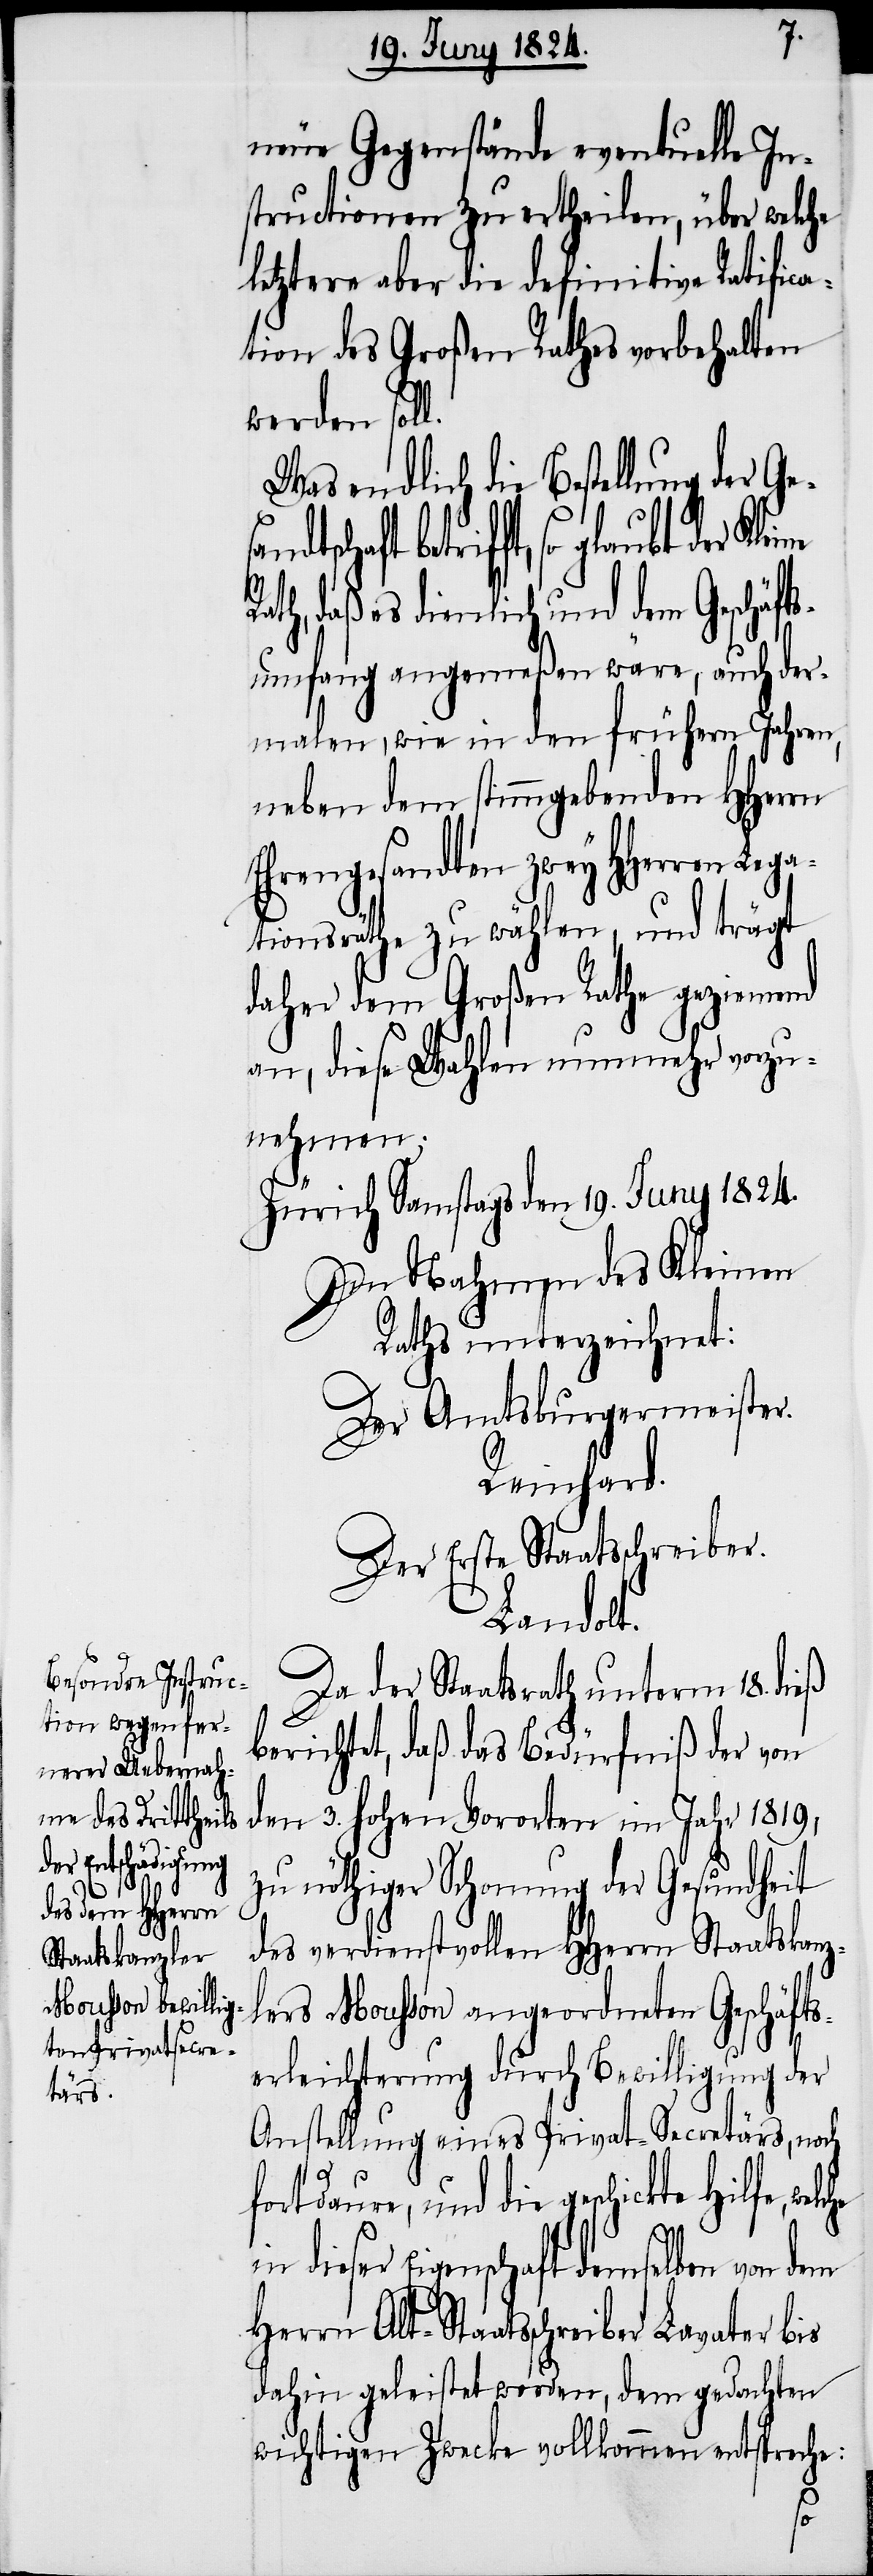
neue Gegenstände eventuelle In¬
structionen zu ertheilen, über welche
letztere aber die definitive Ratific¬
ation des Großen Rathes vorbehalten
werden soll.
Was endlich die Bestellung der Ge¬
dahin geleistet, dem gedachten
th, daß es dienlich und dem Geschäft¬
sumfang angemeßen wäre, auch der¬
malen, wie in den frühern Jahren,
neben dem stimmgebenden HHerrn
Ehrengesandten zwey HHerren
ationsräthe zu wählen, und trägt
daher dem Großen Rathe geziemend
an, diese Wahlen nunmehr vorzu¬
nehmen.
Zürich Samstags den 19. Juny 1824.
Im Nahmen des Kleinen
Rathes unterzeichnet:
Der Amtsbürgermeister.
Leg¬
Reinhard.
Der Erste Staatsschreiber.
Landolt.
Da der Staatsrath unterm 18. dieß
berichtet, daß das Bedürfniß der von
den 3. hohen Vororten im Jahr 1819,
zu nöthiger Schonung der Gesundheit
des verdienstvollen HHerrn Staatskanzl¬
ers Mousson angeordneten Geschäfts¬
erleichterung durch Bewilligung der
Anstellung eines Privat-Secretärs, noch
fortdaure, und die gesch¬
n dieser Eigenschaft demselben von dem
Herrn Alt-Staatsschreiber Lavater bis
wichtigen Zwecke vollkommen entspreche:
sa¬